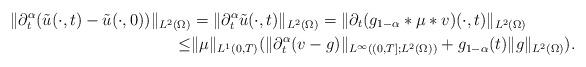
LaTeX: \begin{align*}\|\partial_{t}^{\alpha}(\tilde{u}(\cdot,t) - \tilde{u}(\cdot,0))\|_{L^{2}(\Omega)} & = \|\partial_{t}^{\alpha}\tilde{u}(\cdot,t)\|_{L^{2}(\Omega)}= \|\partial_{t}(g_{1-\alpha}*\mu*v)(\cdot,t)\|_{L^{2}(\Omega)} \\\leq & \|\mu\|_{L^{1}(0,T)}(\|\partial_{t}^{\alpha}(v-g)\|_{L^{\infty}((0,T];L^{2}(\Omega))} + g_{1-\alpha}(t)\|g\|_{L^{2}(\Omega)}).\end{align*}